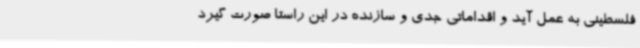
فلسطینی به عمل آید و اقداماتی جدی و سازنده در این راستا صورت گیرد